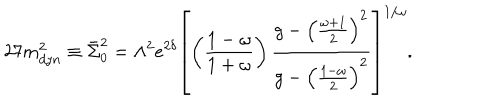
LaTeX: 2 7 m _ { d y n } ^ { 2 } \equiv \bar { \Sigma } _ { 0 } ^ { 2 } = \Lambda ^ { 2 } e ^ { 2 \delta } \left[ \left( \frac { 1 - \omega } { 1 + \omega } \right) \frac { g - \left( \frac { \omega + 1 } { 2 } \right) ^ { 2 } } { g - \left( \frac { 1 - \omega } { 2 } \right) ^ { 2 } } \right] ^ { 1 / \omega } .